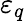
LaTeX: \varepsilon_{q}